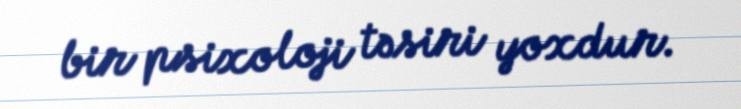
bir psixoloji təsiri yoxdur.